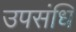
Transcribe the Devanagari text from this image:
उपसंधि